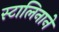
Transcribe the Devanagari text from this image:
स्टालिनाने